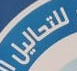
للتحاليل